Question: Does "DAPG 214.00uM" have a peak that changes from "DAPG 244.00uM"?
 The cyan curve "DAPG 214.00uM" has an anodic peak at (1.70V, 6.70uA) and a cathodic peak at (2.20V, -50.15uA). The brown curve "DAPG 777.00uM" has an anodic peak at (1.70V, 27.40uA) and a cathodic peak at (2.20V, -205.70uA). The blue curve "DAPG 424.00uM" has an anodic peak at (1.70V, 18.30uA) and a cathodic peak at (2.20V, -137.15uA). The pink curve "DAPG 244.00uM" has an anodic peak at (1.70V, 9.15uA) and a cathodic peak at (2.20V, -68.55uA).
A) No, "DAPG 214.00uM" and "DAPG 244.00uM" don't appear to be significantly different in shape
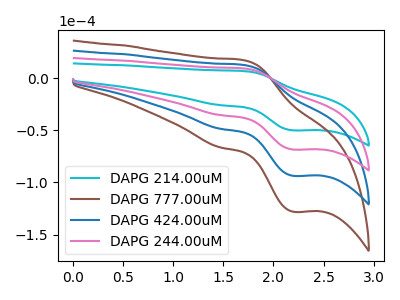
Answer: <think>All the peaks in "DAPG 214.00uM" have a peak in "DAPG 244.00uM" at the same potential. Every peak in "DAPG 214.00uM" is lower than every peak in "DAPG 244.00uM".
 </think>
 <answer>A) No, "DAPG 214.00uM" and "DAPG 244.00uM" don't appear to be significantly different in shape</answer>
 <eval>A</eval>